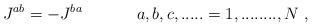
LaTeX: \begin{align*}J^{ab} = - J^{ba} \ \ \ \ \ \ \ \ \ \ a,b,c,..... = 1,........,N\ ,\end{align*}